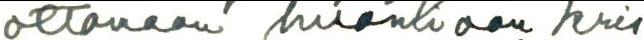
ottamaan huomioon kris